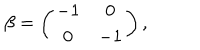
\beta = \left( \begin{array} { c c } { { - 1 } } & { { 0 } } \\ { { 0 } } & { { - 1 } } \\ \end{array} \right) ,